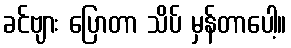
ခင်ဗျား ပြောတာ သိပ် မှန်တာပေါ့။